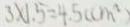
3 \times 1 . 5 = 4 . 5 ( c m ^ { 2 } )